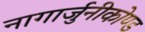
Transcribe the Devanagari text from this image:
नागार्जुनीकोण्ड